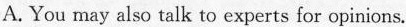
A. You may also talk to experts for opinions.